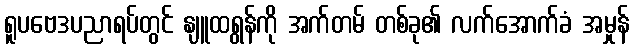
ရူပဗေဒပညာရပ်တွင် နျူထရွန်ကို အက်တမ် တစ်ခု၏ လက်အောက်ခံ အမှုန်